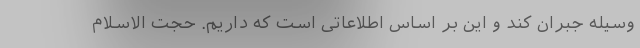
وسیله جبران کند و این بر اساس اطلاعاتی است که داریم. حجت الاسلام